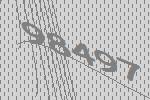
98497